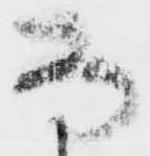
な